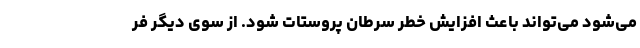
می‌شود می‌تواند باعث افزایش خطر سرطان پروستات شود. از سوی دیگر فر